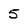
Character: 5